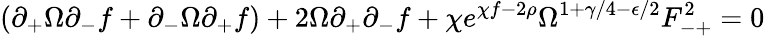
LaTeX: (\partial_{+}\Omega\partial_{-}f+\partial_{-}\Omega\partial_{+}f)+2\Omega\partial_{+}\partial_{-}f+\chi e^{\chi f-2\rho}\Omega^{1+\gamma/4-\epsilon/2}F_{-+}^{2}=0